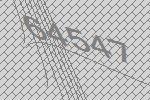
64547